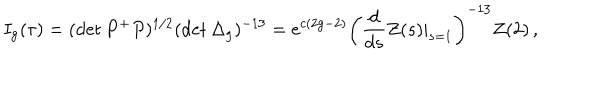
LaTeX: I _ { \mathrm { g } } ( \tau ) = ( \det P ^ { + } P ) ^ { 1 / 2 } ( \det \Delta _ { \mathrm { g } } ) ^ { - 1 3 } = e ^ { c ( 2 \mathrm { g } - 2 ) } \left( \frac { d } { d s } Z ( s ) | _ { s = 1 } \right) ^ { - 1 3 } Z ( 2 ) \, ,